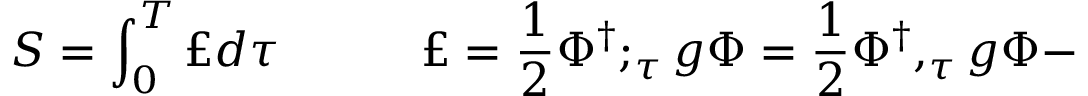
S = \int _ { 0 } ^ { T } \pounds d \tau \quad \quad \quad \pounds = \frac { 1 } { 2 } \Phi ^ { \dagger } ; _ { \tau } g \Phi = \frac { 1 } { 2 } \Phi ^ { \dagger } , _ { \tau } g \Phi -